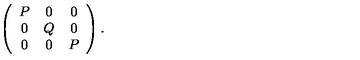
\left( \begin{array} { c c c } { P } & { 0 } & { 0 } \\ { 0 } & { Q } & { 0 } \\ { 0 } & { 0 } & { P } \\ \end{array} \right) .